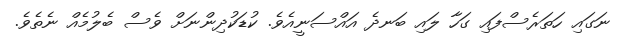
ނަގައި ހަތަރެސްފައި ގަހާ ލައި ބަނދެ އައްސަނީއެވެ. ކުޑަކުދިންނަށް ވެސް ބެލުމެއް ނެތެވެ.